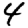
Digit: 4